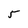
Character: 5